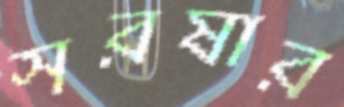
সরষার